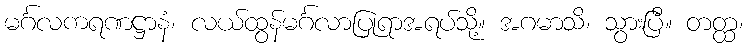
မင်္ဂလကရဏဋ္ဌာနံ၊ လယ်ထွန်မင်္ဂလာပြုရာအရပ်သို့။ အဂမာသိ၊ သွားပြီ။ တတ္ထ၊